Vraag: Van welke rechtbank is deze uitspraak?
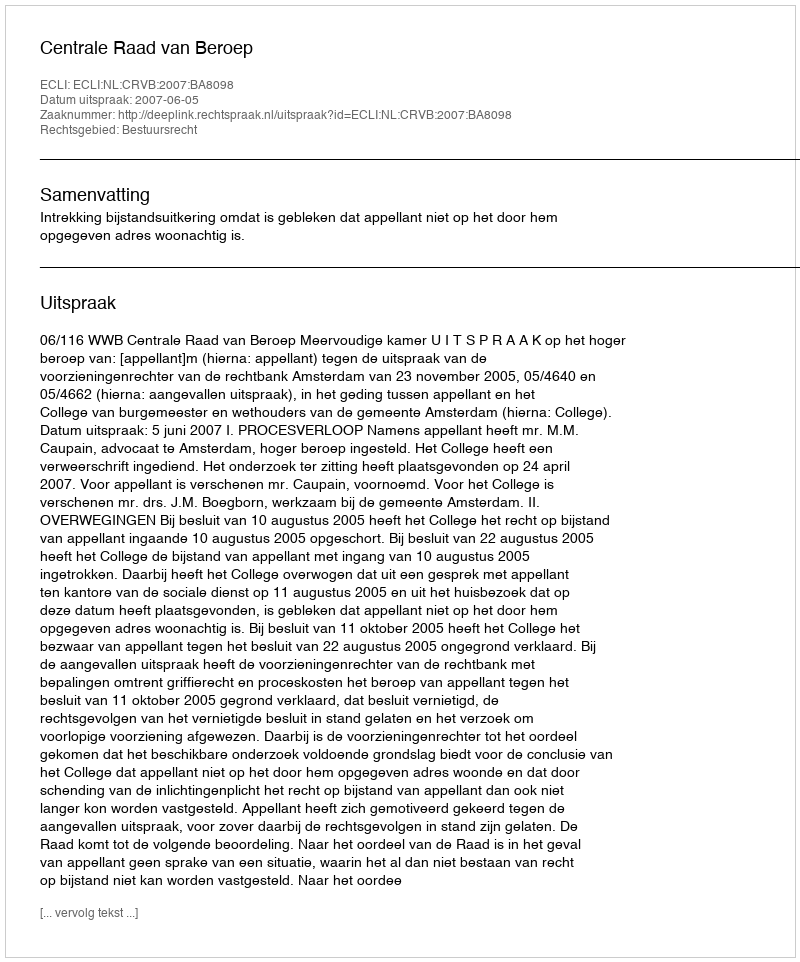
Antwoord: Centrale Raad van Beroep